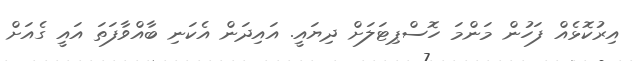
އިރުކޮޅެއް ފަހުން މަންމަ ހޮސްޕިޓަލަށް ދިޔައީ. އައިދަން އެކަނި ބާއްވާފަތަ އައީ ގެއަށް